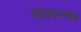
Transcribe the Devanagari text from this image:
मोलकरणीचे